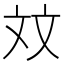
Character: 𪯢